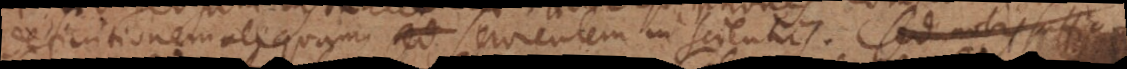
definitionem aliquam servientem in scientiis. Sed nobis suffi